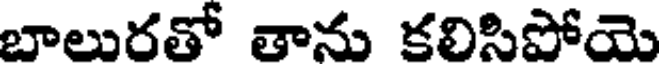
బాలురతో తాను కలిసిపోయె